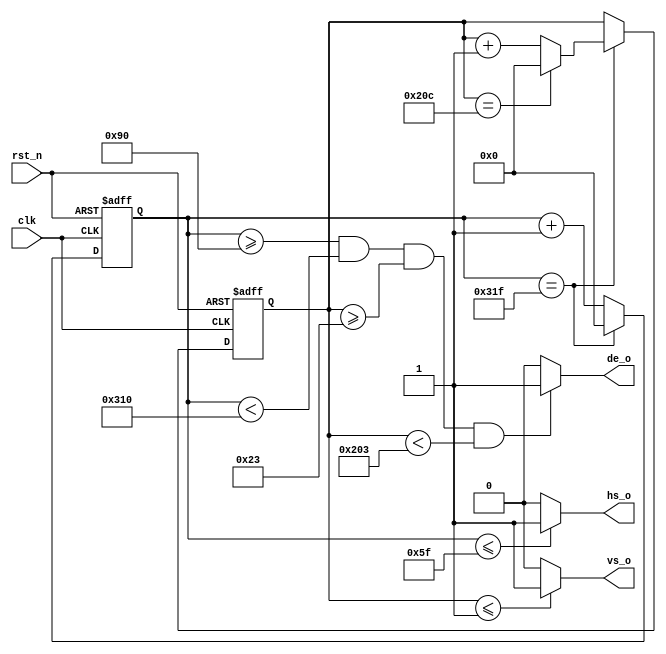
module img_driver(
    input       clk,
    input       rst_n,
    output      vs_o,
    output      hs_o,
    output      de_o
);

    parameter   H_SYNC          = 10'd96    ,
                H_BACK_PORCH    = 10'd48    ,
                H_VALID         = 10'd640   ,
                H_FRONT_PORCH   = 10'd16    ,
                H_TOTAL         = 10'd800   ;
    
    parameter   V_SYNC          = 10'd2     ,
                V_BACK_PORCH    = 10'd33    ,
                V_VALID         = 10'd480   ,
                V_FRONT_PORCH   = 10'd10    ,
                V_TOTAL         = 10'd525   ;
    
    reg     [9:0]       h_cnt;
    reg     [9:0]       v_cnt;
    
    always  @(posedge clk or negedge rst_n) begin
        if(!rst_n)
            h_cnt <= 'b0;
        else if (h_cnt == H_TOTAL-1)
            h_cnt <= 'b0;
        else
            h_cnt <= h_cnt + 1;
    end

    always  @(posedge clk or negedge rst_n) begin
        if(!rst_n)
            v_cnt <= 'b0;
        else if (h_cnt == H_TOTAL-1)
        begin
            if (v_cnt == V_TOTAL - 1)
                v_cnt <= 'b0;
            else
                v_cnt <= v_cnt + 1;
        end
    end
            
    assign hs_o = (h_cnt <= H_SYNC - 1) ? 1'b1 : 1'b0;
    assign vs_o = (v_cnt <= V_SYNC - 1) ? 1'b1 : 1'b0;
    assign de_o =  ((h_cnt >= H_SYNC + H_BACK_PORCH) &&
                    (h_cnt <  H_SYNC + H_BACK_PORCH + H_VALID) &&
                    (v_cnt >= V_SYNC + V_BACK_PORCH) &&
                    (v_cnt <  V_SYNC + V_BACK_PORCH + V_VALID)) ? 1'b1 : 1'b0;
    
endmodule